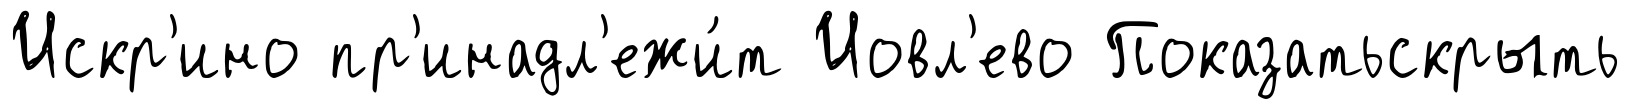
Искр'ино пр'инадл'ежи́т Иовл'ево Показатьскрыть